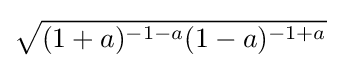
{\sqrt {(1+a)^{-1-a}(1-a)^{-1+a}}}